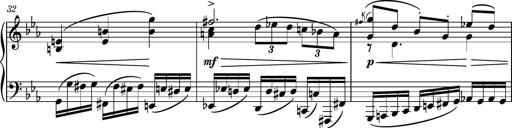
Title: Piano Sonatina No.5
Composer: Dimitri Sykias
Key: C minor